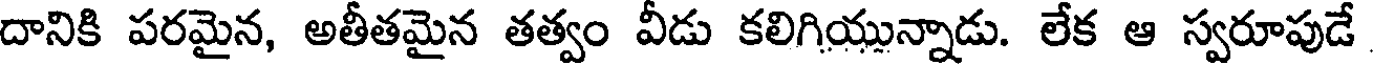
దానికి పరమైన, అతీతమైన తత్వం వీడు కలిగియున్నాడు. లేక ఆ స్వరూపుడే